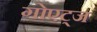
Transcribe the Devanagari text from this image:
गोएट्ज